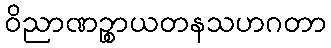
ဝိညာဏဉ္စာယတနသဟဂတာ